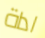
اداة